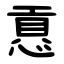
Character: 慐